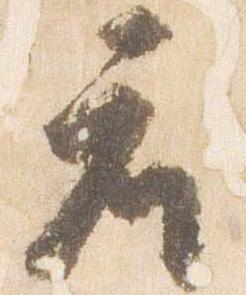
座